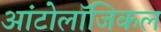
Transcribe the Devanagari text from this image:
आंटोलॉजिकल